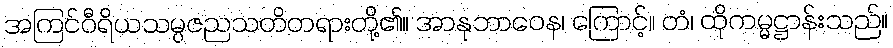
အကြင်ဝီရိယသမ္ပဇညသတိတရားတို့၏။ အာနုဘာဝေန၊ ကြောင့်။ တံ၊ ထိုကမ္မဋ္ဌာန်းသည်။